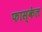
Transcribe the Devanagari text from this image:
फास्केल